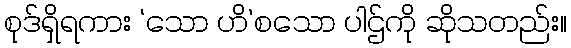
စုဒ်ရှိရကား ‘သော ဟိ’စသော ပါဌ်ကို ဆိုသတည်း။